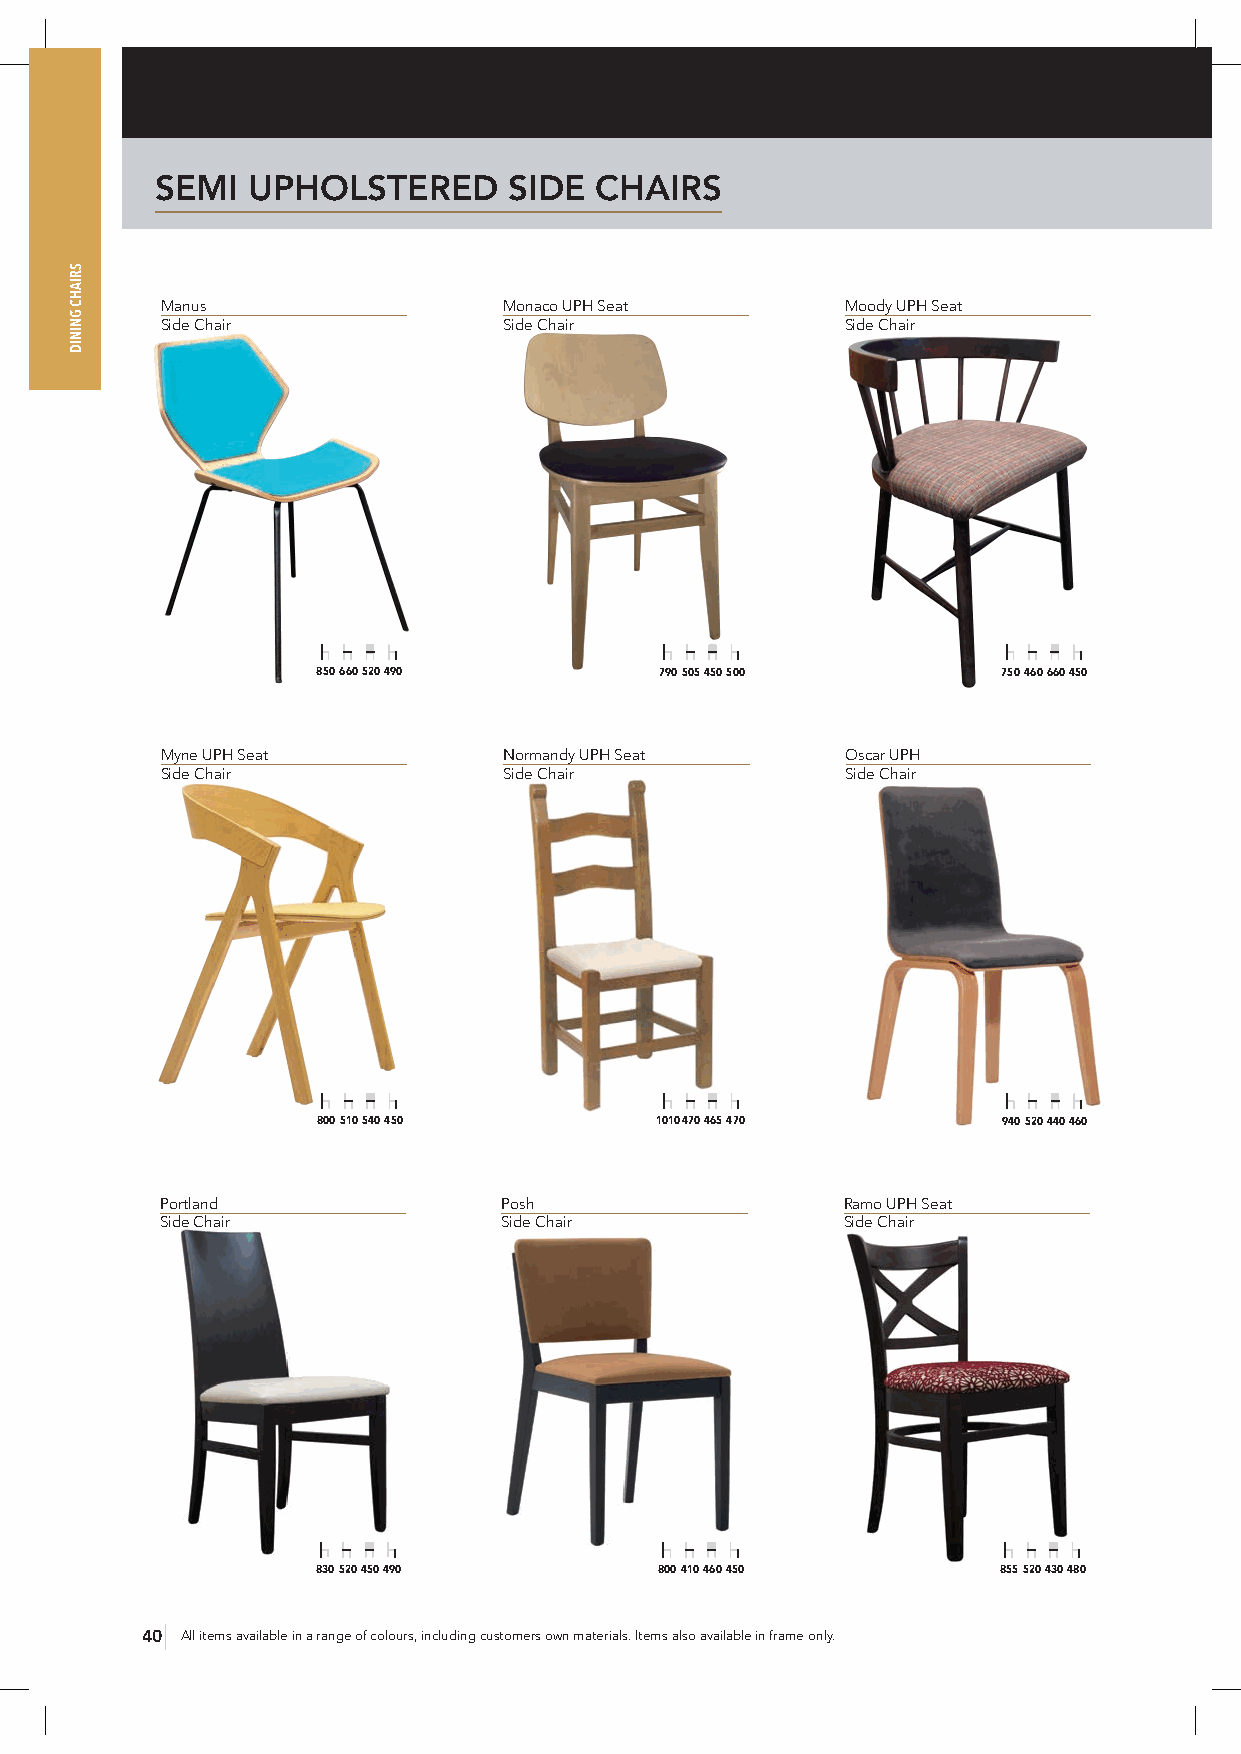
SEMI  UPHOLSTERED       SIDE CHAIRS
 Manus                 Monaco UPH Seat        Moody UPH Seat
 Side Chair            Side Chair             Side Chair
 850 660 520 490        790 505 450 500       750 460 660 450
 Myne UPH Seat         Normandy UPH Seat      Oscar UPH
 Side Chair            Side Chair             Side Chair
 800 510 540 450       1010 470 465 470       940 520 440 460
 Portland              Posh                   Ramo UPH Seat
 Side Chair            Side Chair             Side Chair
 830 520 450 490        800 410 460 450       855 520 430 480
 40 All items available in a range of colours, including customers own materials. Items also available in frame only.
 SRIAHC
 GNINID